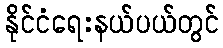
နိုင်ငံရေးနယ်ပယ်တွင်